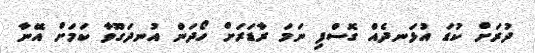
ދުރަށް ކުޑަ އުޅަނދެއް ގޮސްފި ނަމަ ރާޑަރަށް ހޯދަން އުނދަގޫވާ ކަމަށް އޭނާ